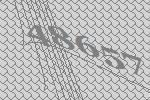
48657